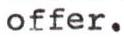
offer.